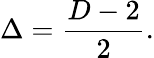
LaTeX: \Delta={\frac{D-2}{2}}.